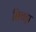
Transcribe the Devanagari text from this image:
बिचड़ा